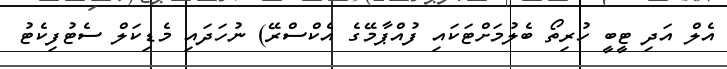
އެލް އަދި ޓީބީ ހުރިތޯ ބެލުމަށްޓަކައި ފުއްޕާމޭގެ އެކްސްރޭ) ނުހަދައި މެޑިކަލް ސެޓުފިކެޓު